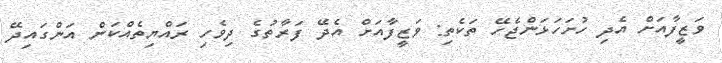
ވަޒީފާއަށް އެދި ހުށަހަޅަންޖެހޭ ތަކެތި: ވަޒީފާއަށް އެދޭ ފަރާތުގެ ދިވެހި ރައްޔިތެއްކަން އަންގައިދޭ